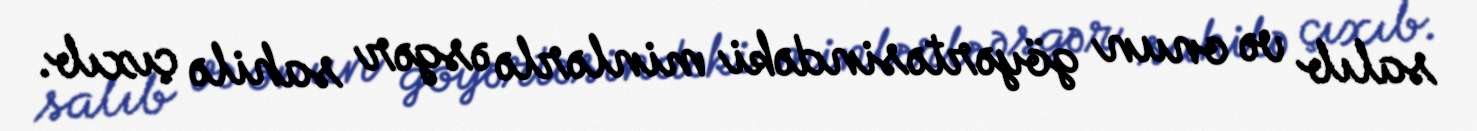
salıb və onun göyərtəsindəki minlərlə əsgər sahilə çıxıb.